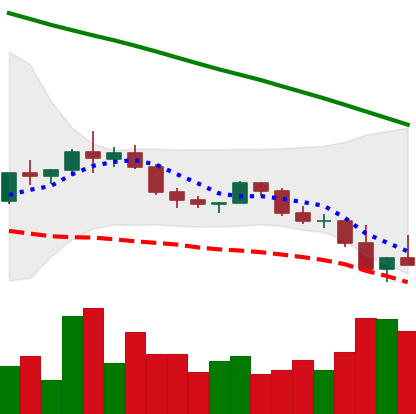
Ticker: ADA-USD
Chart end date: 2022-02-23
Forward return: 10.431%
Label: up_7plus